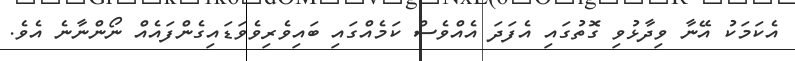
އެކަމަކު އޭނާ ވިދާޅުވި ގޮތުގައި އެފަދަ އެއްވެސް ކަމެއްގައި ބައިވެރިވެވަޑައިގެންފައެއް ނޯންނާނެ އެވެ.